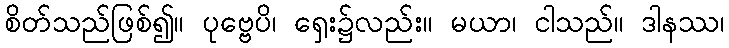
စိတ်သည်ဖြစ်၍။ ပုဗ္ဗေပိ၊ ရှေး၌လည်း။ မယာ၊ ငါသည်။ ဒါနဿ၊